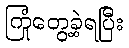
ကြုံတွေ့ခဲ့ရပြီး